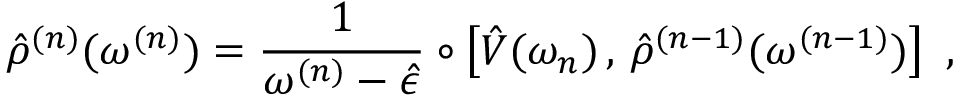
\hat { \rho } ^ { ( n ) } ( \omega ^ { ( n ) } ) = \frac { 1 } { \omega ^ { ( n ) } - \hat { \epsilon } } \circ \left[ \hat { V } ( \omega _ { n } ) \, , \, \hat { \rho } ^ { ( n - 1 ) } ( \omega ^ { ( n - 1 ) } ) \right] \mathrm { ~ , ~ }